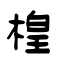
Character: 楻